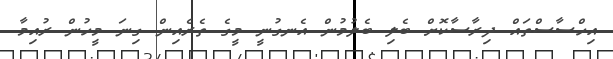
އިހްސާސްތައް ދިރާސާކޮށް ބެލި ބެލުމުން އެނގުނީ މީގެ ތެރެއިން ގިނަ މީހުން ރުއިމާ